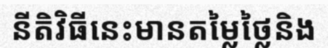
នីតិវិធីនេះមានតម្លៃថ្លៃនិង